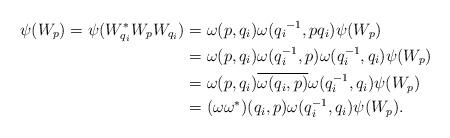
LaTeX: \begin{align*}\psi(W_p)=\psi(W_{q_i}^*W_pW_{q_i})&=\omega(p,q_i)\omega({q_i}^{-1},pq_i)\psi(W_p)\\&=\omega(p,q_i)\omega(q_i^{-1},p)\omega(q_i^{-1},q_i)\psi(W_p)\\&=\omega(p,q_i)\overline{\omega(q_i,p)}\omega(q_i^{-1},q_i)\psi(W_p)\\&=(\omega\omega^*)(q_i,p)\omega(q_i^{-1},q_i)\psi(W_p).\end{align*}